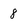
Character: 8